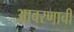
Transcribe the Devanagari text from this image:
आवरणाची